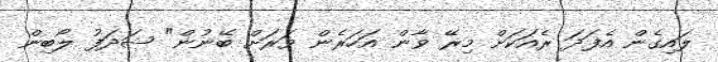
ލައިގެން އެފަދަ ރެއަކަށް މިރޭ ވާން އަހަރެން ވަރަށް ބޭނުން" ޝަދަފު ލޯބިން